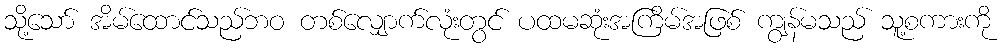
သို့သော် အိမ်ထောင်သည်ဘဝ တစ်လျှောက်လုံးတွင် ပထမဆုံးအကြိမ်အဖြစ် ကျွန်မသည် သူ့စကားကို